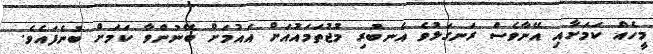
މީހެއް ކަމަށާއި އޭނާވެސް ރަނގަޅުވެ އެނބުރި މުޖުތަމައުއަށް އައުމަށް ބޭނުންވާ ކަމަށް ބުނެފައެވެ.